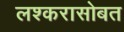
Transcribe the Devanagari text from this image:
लश्करासोबत